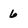
Character: 6